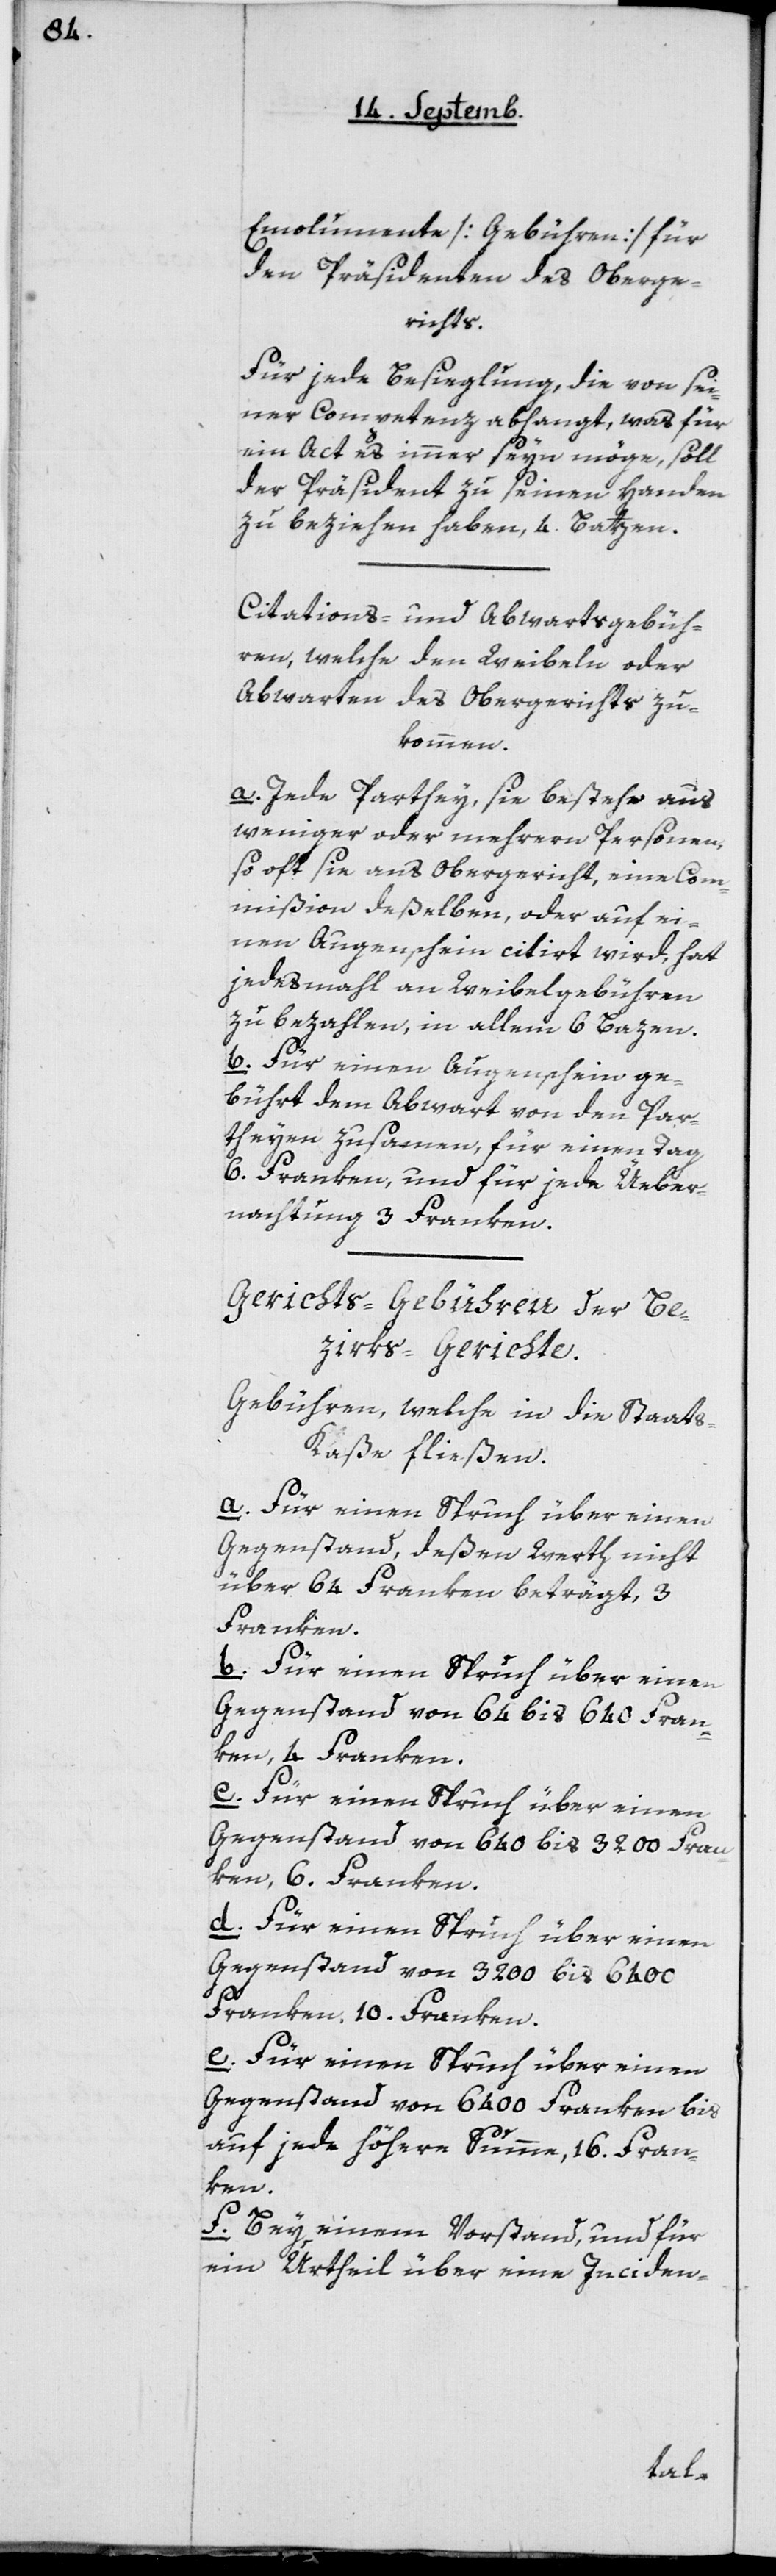
Emolumente [Gebühren] für
den Präsidenten des Oberge¬
richts.
Für jede Besieglung, die von sei¬
ner Competenz abhangt, was für
ein Act es immer seyn möge, soll
der Präsident zu seinen Handen
zu beziehen haben, 4 Batzen.
Citations- und Abwartsgebüh¬
ren, welche den Weibeln oder
Abwarten des Obergerichts zu¬
kommen.
a. Jede Parthey, sie bestehe aus
weniger oder mehrern Personen,
so oft sie ans Obergericht, eine Com¬
mißion deßelben, oder auf ei¬
nen Augenschein citirt wird, hat
jedesmahl an Weibelgebühren
zu bezahlen, in allem 6 Bazen.
b. Für einen Augenschein ge¬
bührt dem Abwart von den Par¬
theyen zusammen, für einen Tag
6 Franken, und für jede Über¬
nachtung 3 Franken.
Gerichts-Gebühren der Be¬
zirks-Gerichte.
Gebühren, welche in die Staats-K¬
aße fließen.
a. Für einen Spruch über einen
Gegenstand, deßen Werth nicht
über 64 Franken beträgt, 3
Franken.
b. Für einen Spruch über einen
Gegenstand von 64 bis 640 Fran¬
ken, 4 Franken.
c. Für einen Spruch über einen
Gegenstand von 640 bis 3200 Fran¬
ken, 6 Franken.
d. Für einen Spruch über einen
Gegenstand von 3200 bis 6400
Franken, 10 Franken.
e. Für einen Spruch über einen
Gegenstand von 6400 Franken bis
auf jede höhere Summe, 16 Fran¬
ken.
f. Bey einem Vorstand und für
ein Urtheil über eine Inciden-